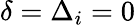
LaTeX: \delta=\Delta_{i}=0